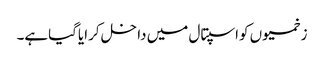
زخمیوں کواسپتال میں داخل کرایاگیاہے۔